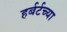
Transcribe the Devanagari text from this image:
हर्बर्टच्या